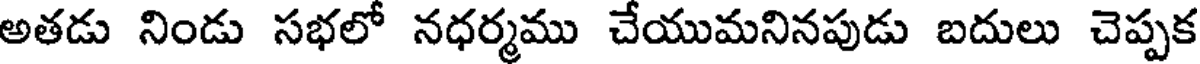
అతడు నిండు సభలో నధర్మము చేయుమనినపుడు బదులు చెప్పక